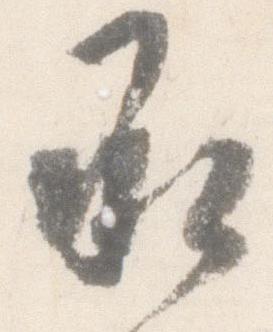
承